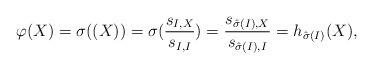
LaTeX: \begin{align*}\varphi(X)=\sigma((X))=\sigma(\frac{s_{I,X}}{s_{I,I}})=\frac{s_{\hat{\sigma}(I),X}}{s_{\hat{\sigma}(I),I}}=h_{\hat{\sigma}(I)}(X),\end{align*}